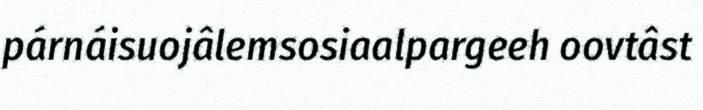
párnáisuojâlemsosiaalpargeeh oovtâst